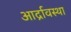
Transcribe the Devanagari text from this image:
आर्द्रावस्था